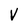
Character: V